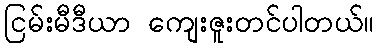
ငြမ်းမီဒီယာ ကျေးဇူးတင်ပါတယ်။